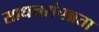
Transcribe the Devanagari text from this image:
साधनसंपन्नता